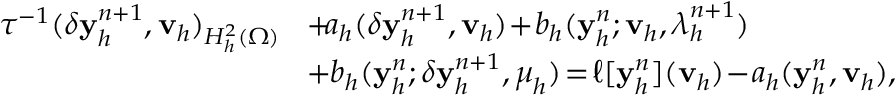
\begin{array} { r l } { \tau ^ { - 1 } ( \delta \mathbf { y } _ { h } ^ { n + 1 } , \mathbf { v } _ { h } ) _ { H _ { h } ^ { 2 } ( \Omega ) } \! } & { + \! a _ { h } ( \delta \mathbf { y } _ { h } ^ { n + 1 } , \mathbf { v } _ { h } ) \! + \! b _ { h } ( \mathbf { y } _ { h } ^ { n } ; \mathbf { v } _ { h } , \boldsymbol { \lambda } _ { h } ^ { n + 1 } ) } \\ & { + b _ { h } ( \mathbf { y } _ { h } ^ { n } ; \delta \mathbf { y } _ { h } ^ { n + 1 } , \boldsymbol { \mu } _ { h } ) \! = \! \ell [ \mathbf { y } _ { h } ^ { n } ] ( \mathbf { v } _ { h } ) \! - \! a _ { h } ( \mathbf { y } _ { h } ^ { n } , \mathbf { v } _ { h } ) , } \end{array}